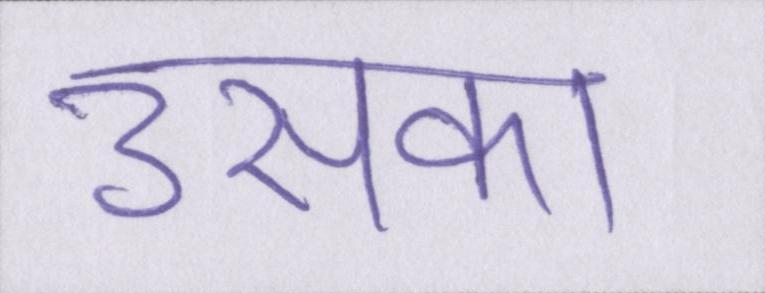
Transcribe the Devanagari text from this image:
उसका